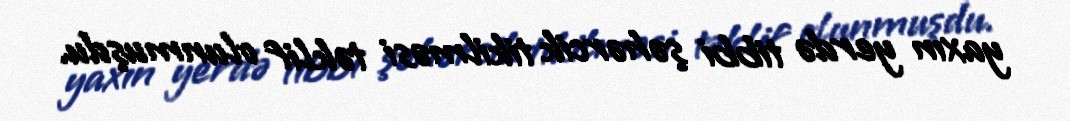
yaxın yerdə tibbi şəhərcik tikilməsi təklif olunmuşdu.